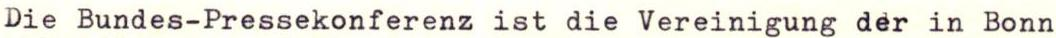
Die Bundes-Pressekonferenz ist die Vereinigung der in Bonn